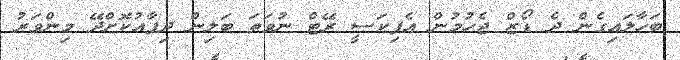
ބަހާލައިގެން ދެ ޑޯޒް ޖެހުމުން އެފިކަސީ ރޭޓް ނުވަތަ ބަލިން ދިފާއުކޮށްދޭ މިންވަރު